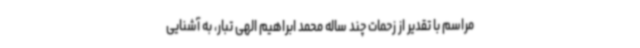
مراسم با تقدیر از زحمات چند ساله محمد ابراهیم الهی تبار، به آشنایی